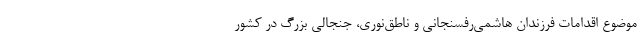
موضوع اقدامات فرزندان هاشمی‌رفسنجانی و ناطق‌نوری، جنجالی بزرگ در کشور